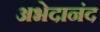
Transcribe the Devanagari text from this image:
अभेदानंद